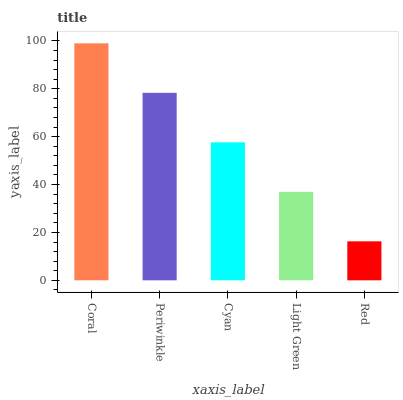
| xaxis_label | bars |
 | --- | --- |
 | Coral | 99 |
 | Periwinkle | 78.3 |
 | Cyan | 57.6 |
 | Light Green | 37 |
 | Red | 16.3 |